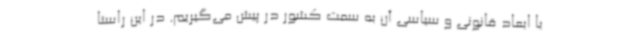
با ابعاد قانونی و سیاسی آن به سمت کشور در پیش می‌گیریم. در این راستا